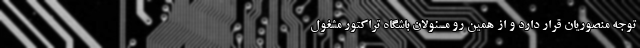
توجه منصوریان قرار دارد و از همین رو مسئولان باشگاه تراکتور مشغول